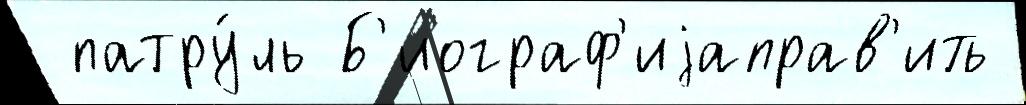
 патру́ль Б'иограф'иjаправ'ить